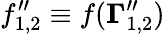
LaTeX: f_{1,2}^{\prime\prime}\equiv f({\mathbf{\Gamma}}_{1,2}^{\prime\prime})